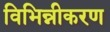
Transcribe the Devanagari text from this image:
विभिन्नीकरण